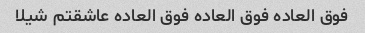
فوق العاده فوق العاده فوق العاده عاشقتم شیلا